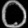
Digit: ၀